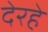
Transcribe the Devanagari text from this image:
देरहे